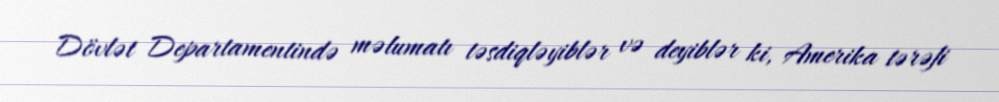
Dövlət Departamentində məlumatı təsdiqləyiblər və deyiblər ki, Amerika tərəfi